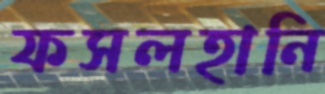
ফসলহানি